Civil Veterinary Dept. North-West Frontier Province 1901-22 - 1901-1922
Year: 1901
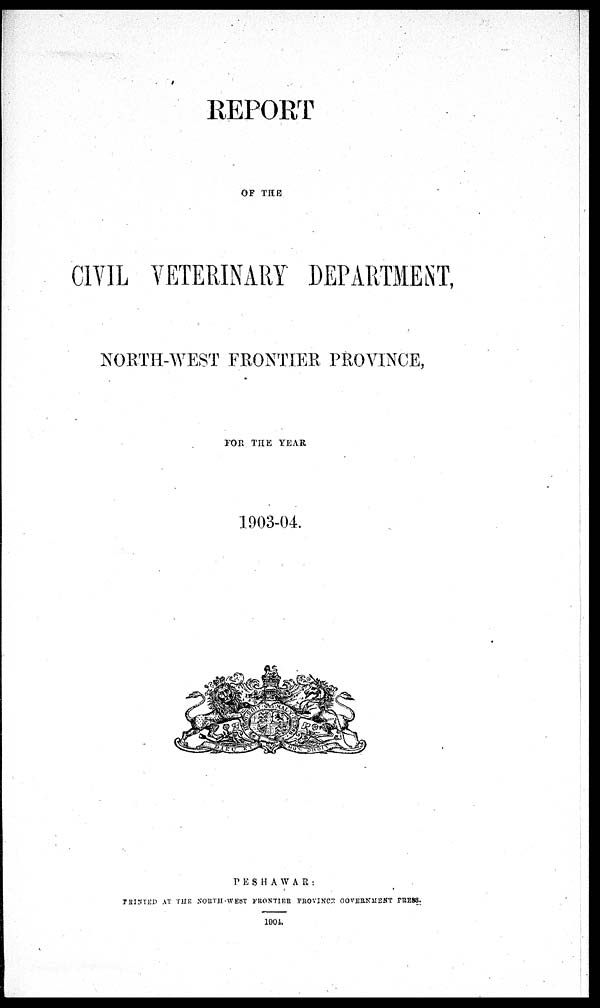
REPORT
OF THE
CIVIL VETERINARY DEPARTMENT,
NORTH-WEST FRONTIER PROVINCE,
FOE THE YEAR
1903-04
PESHAWAR:
PRINTED AT THE NORTH-WEST FRONTIER PROVINCE GOVERNMENT PRESS.
1904.